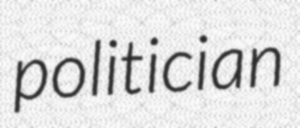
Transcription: politician